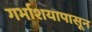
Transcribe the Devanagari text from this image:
गर्भाशयापासून